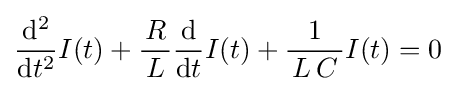
{\frac {\mathrm {d} ^{2}}{\mathrm {d} t^{2}}}I(t)+{\frac {R}{\,L\,}}{\frac {\mathrm {d} }{\mathrm {d} t}}I(t)+{\frac {1}{\,L\,C\,}}I(t)=0\;